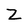
Character: Z